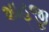
શાહજી